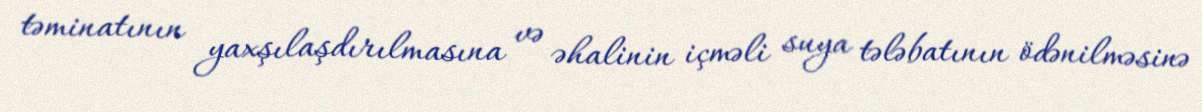
təminatının yaxşılaşdırılmasına və əhalinin içməli suya tələbatının ödənilməsinə